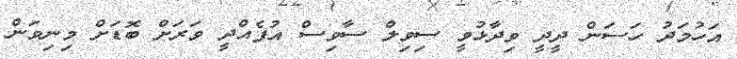
އަހުމަދު ހަސަން ދީދީ ވިދާޅުވީ ސިވިލް ސާވިސް އުފެއްދީ ވަރަށް ބޮޑަށް މިނިވަން